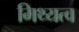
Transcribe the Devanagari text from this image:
मिथ्यत्व